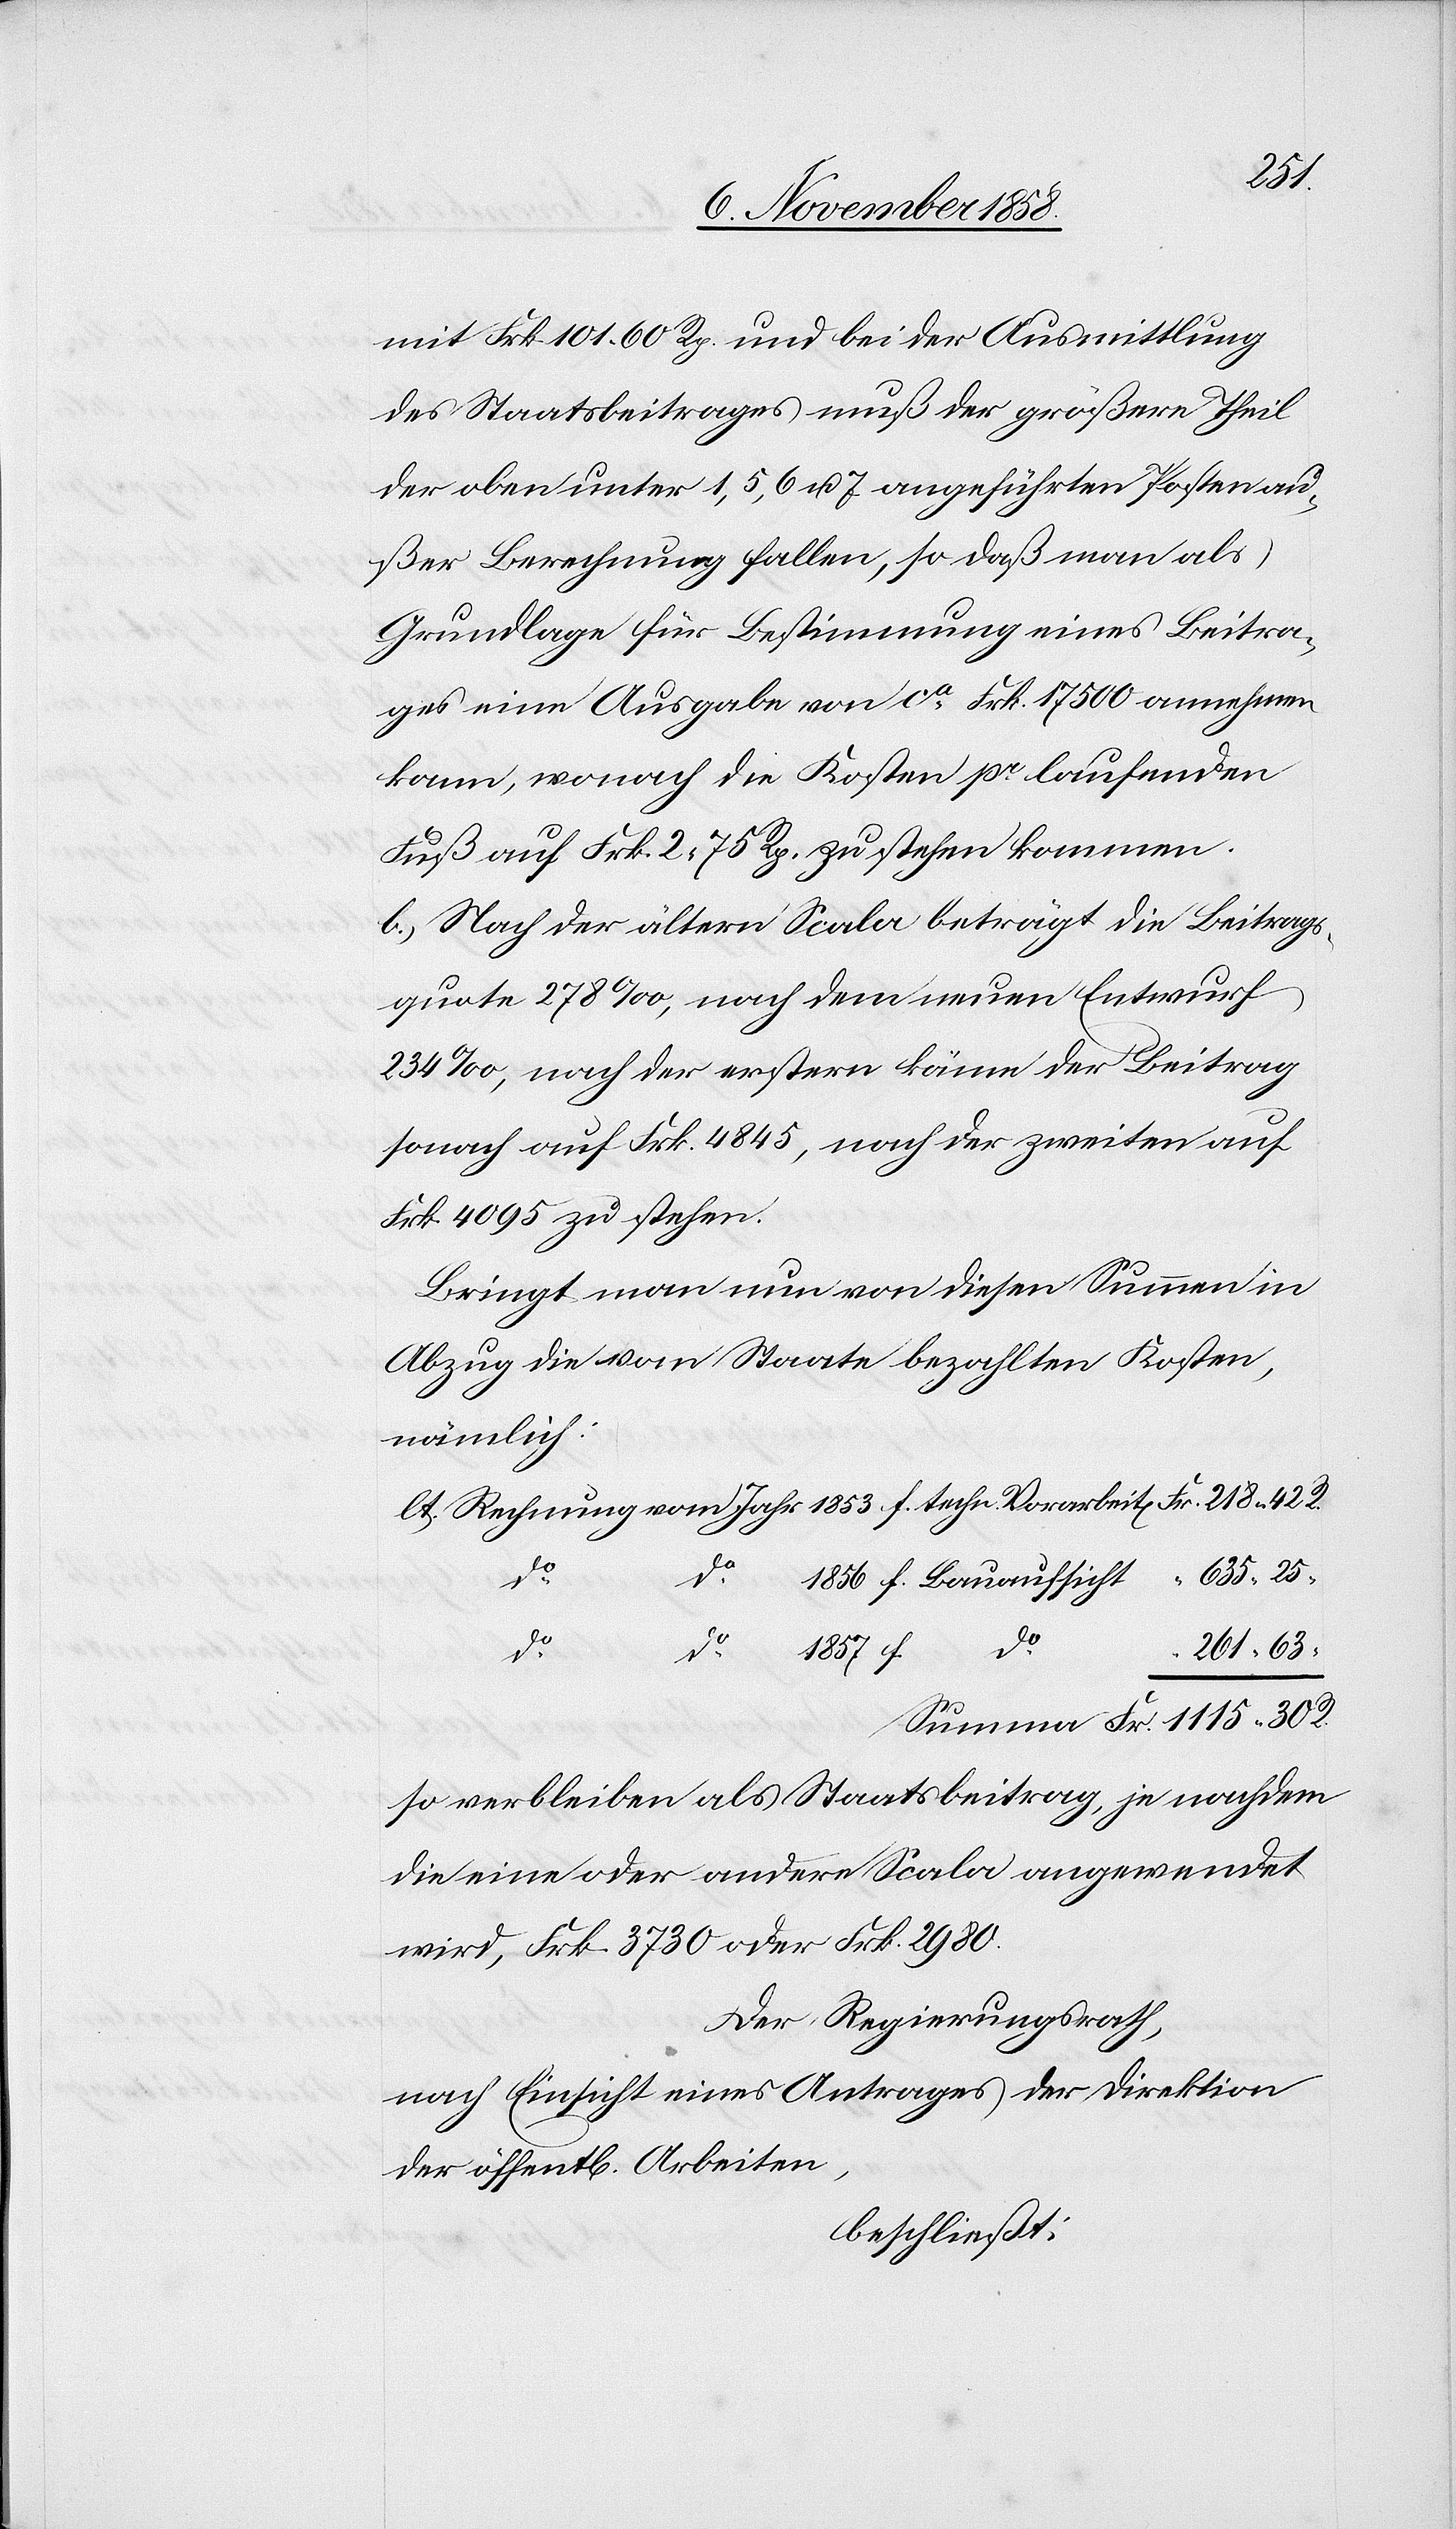
lt.
mit Frk. 101. 60 Rp. und bei der Ausmittlung
des Staatsbeitrages muß der größere Theil
der oben unter 1, 5, 6 u. 7 angeführten Posten au¬
ßer Berechnung fallen, so daß man als
Grundlage für Bestimmung eines Beitra¬
ges eine Ausgabe von ca Frk. 17 500 annehmen
kann, wonach die Kosten pr laufenden
Fuß auf Frk. 2. 75 Rp. zu stehen kommen.
b.) Nach der ältern Scala beträgt die Beitrags¬
quote 278‰, nach dem neuen Entwurf
234‰, nach der erstern käme der Beitrag
sonach auf Frk. 4845, nach der zweiten auf
Frk. 4095 zu stehen.
Bringt man nun von diesen Summen in
Abzug die vom Staate bezahlten Kosten,
nämlich:
do.
f.
do.
1115.
der
so verbleiben als Staatsbeitrag, je nachdem
die eine oder andere Scala angewendet
wird, Frk. 3730 oder Frk. 2980.
Der Regierungsrath,
nach Einsicht eines Antrages der Direktion
beschließt: